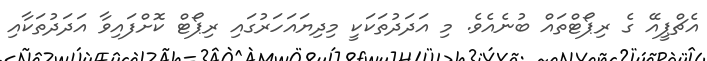
އެޗްޕީއޭ ގެ ރިޕޯޓްތައް ބުނެއެވެ. މި އަދަދުތަކަކީ މިދިޔައަހަރުގައި ރިޕޯޓް ކޮށްފައިވާ އަދަދުތަކާއި